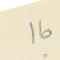
16